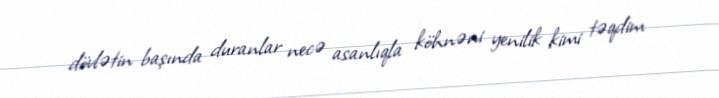
dövlətin başında duranlar necə asanlıqla köhnəni yenilik kimi təqdim